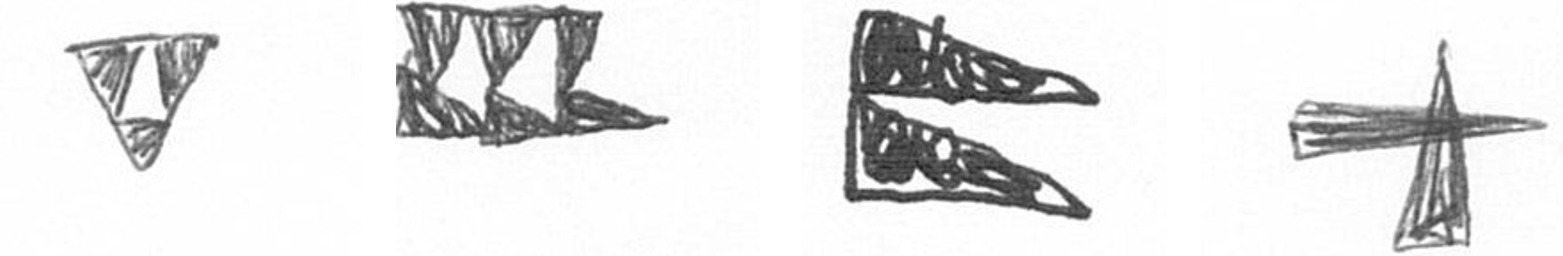
S D P G